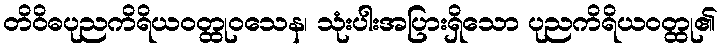
တိဝိဓပုညကိရိယဝတ္ထုဝသေန၊ သုံးပါးအပြားရှိသော ပုညကိရိယဝတ္ထု၏